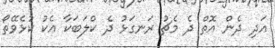
އަދި ދެން އޮތް ދެ މެޗު ރަނގަޅު ދެ ކްލަބަކާ އެކު ކުޅެވޭތޯ